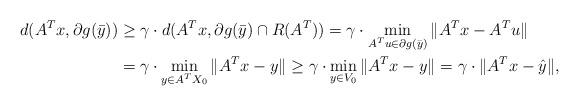
LaTeX: \begin{align*}d(A^Tx, \partial g(\bar{y}))&\geq \gamma \cdot d(A^Tx, \partial g(\bar{y})\cap R(A^T)) = \gamma \cdot \min_{A^Tu\in\partial g(\bar{y})}\|A^Tx-A^Tu\|\\&= \gamma \cdot\min_{y\in A^T X_0}\|A^Tx-y\|\geq \gamma \cdot \min_{y\in V_0}\|A^Tx-y\|= \gamma \cdot\|A^Tx- \hat{y}\|,\end{align*}